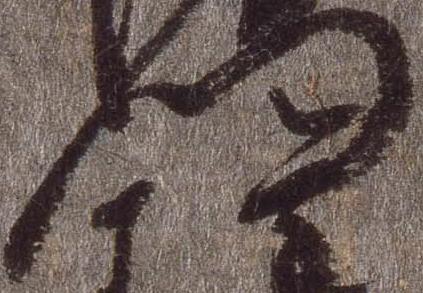
門